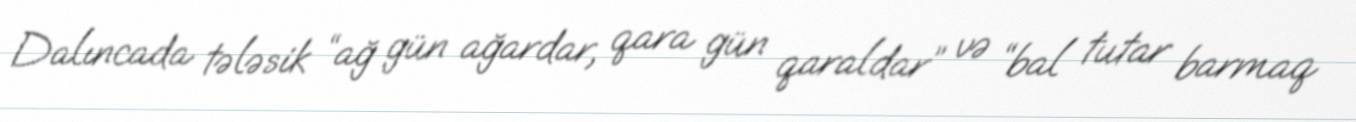
Dalıncada tələsik “ağ gün ağardar, qara gün qaraldar” və “bal tutar barmaq